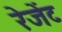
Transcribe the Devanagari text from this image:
रेजेंट